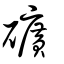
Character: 礦